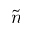
\tilde { n }